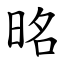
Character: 㫥